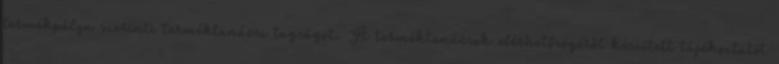
termékpálya szerinti terméktanácsi tagságot. A terméktanácsok elérhetőségéről készített tájékoztatót